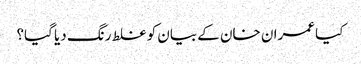
کیا عمران خان کے بیان کو غلط رنگ دیا گیا؟